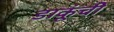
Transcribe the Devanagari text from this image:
डाकूंची